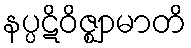
နပ္ပဋိဝိဇ္ဈာမာတိ